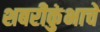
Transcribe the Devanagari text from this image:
शबरीकुंभाचे